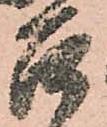
召